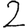
Digit: 2